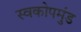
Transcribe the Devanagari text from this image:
स्वकोपमुंड